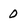
Character: 0